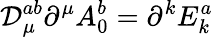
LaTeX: \mathcal{D}_{\mu}^{ab}\partial^{\mu}A_{0}^{b}=\partial^{k}E_{k}^{a}